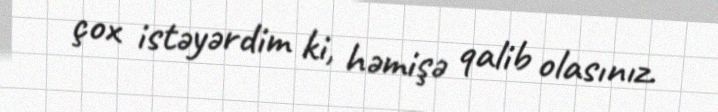
çox istəyərdim ki, həmişə qalib olasınız.